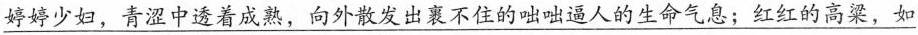
\underline{婷婷少妇，青涩中透着成熟，向外散发出裹不住的咄咄逼人的生命气息；红红的高梁，如}